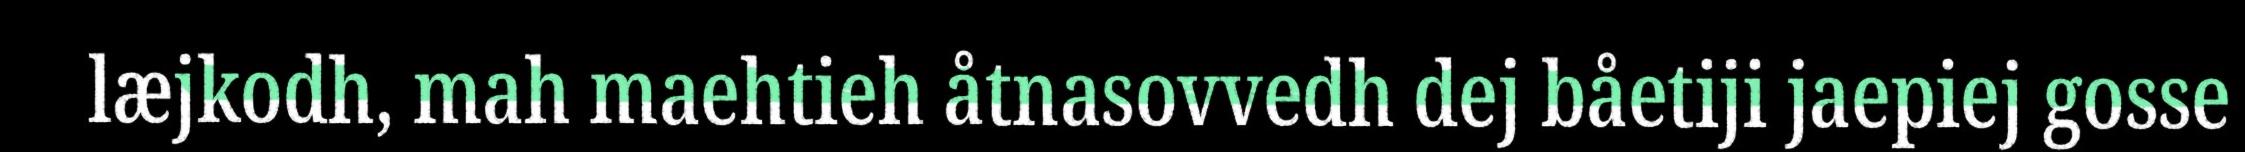
læjkodh, mah maehtieh åtnasovvedh dej båetiji jaepiej gosse